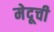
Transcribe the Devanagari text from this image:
मेदूची